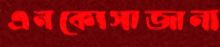
এনকোসাজানা